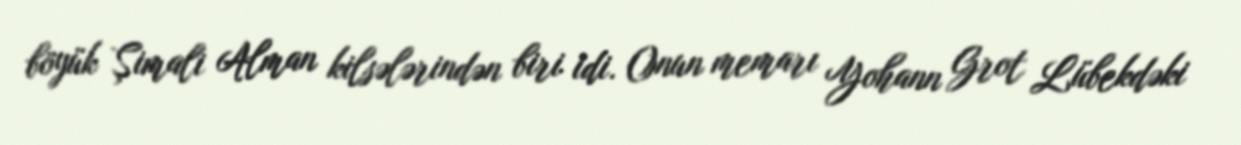
böyük Şimali Alman kilsələrindən biri idi. Onun memarı Yohann Grot Lübekdəki